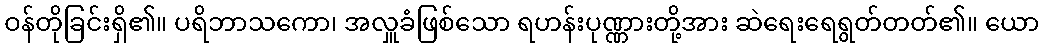
ဝန်တိုခြင်းရှိ၏။ ပရိဘာသကော၊ အလှူခံဖြစ်သော ရဟန်းပုဏ္ဏားတို့အား ဆဲရေးရေရွတ်တတ်၏။ ယော